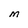
Character: M